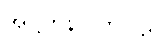
အဋ္ဌကနိပါတပါဠိ